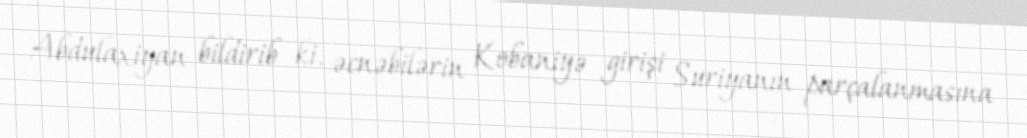
Abdulaxiyan bildirib ki, əcnəbilərin Kobaniyə girişi Suriyanın parçalanmasına